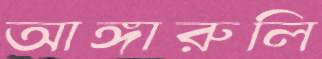
আঙ্গারুলি